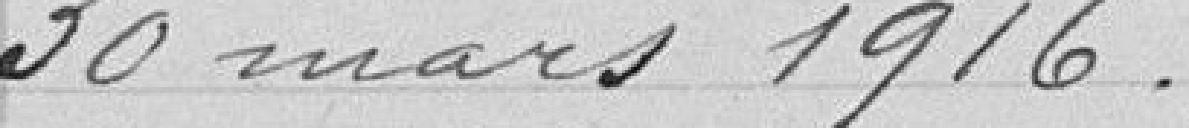
30 mars 1916.